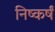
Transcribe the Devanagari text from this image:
निष्कर्षं